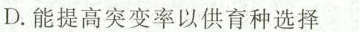
D.能提高突变率以供育种选择